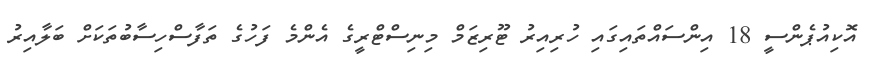
އޮކިއުޕެންސީ 18 އިންސައްތައިގައި ހުރިއިރު ޓޫރިޒަމް މިނިސްޓްރީގެ އެންމެ ފަހުގެ ތަފާސްހިސާބުތަކަށް ބަލާއިރު